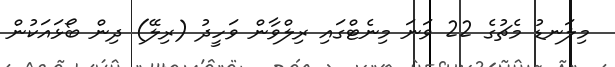
މިލަނޑު މެޗުގެ 22 ވަނަ މިނެޓްގައި ރިލްވާން ވަހީދު (ރިލޭ) ދިން ބޯޅައަކުން